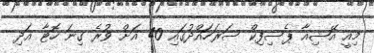
މިއީ އޭޝިއާ ޕެސިފިކް ސަރަހައްދުގައި 40 އަށް ވުރެ ގިނަ ހޮޓާ އަދި